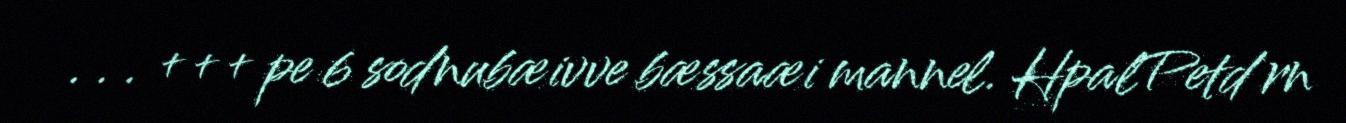
. . . +++ pe 6 sodnubæivve bæssaæi mannel. HpalPetd rn